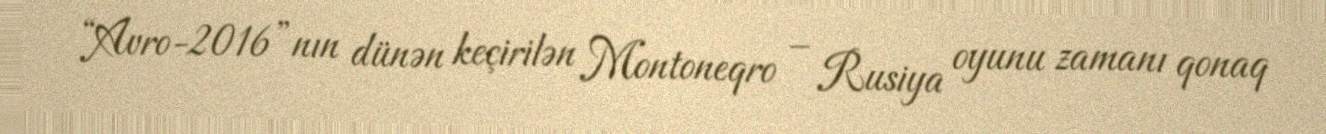
“Avro-2016”nın dünən keçirilən Montoneqro – Rusiya oyunu zamanı qonaq